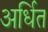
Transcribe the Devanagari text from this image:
अर्धित